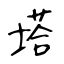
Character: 塔